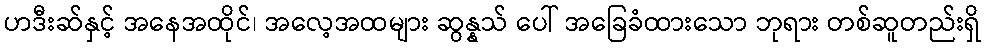
ဟဒီးဆ်နှင့် အနေအထိုင်၊ အလေ့အထများ ဆွန္နသ် ပေါ် အခြေခံထားသော ဘုရား တစ်ဆူတည်းရှိ